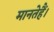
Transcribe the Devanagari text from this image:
मानतेहैं।